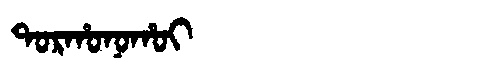
Manchu: ᡨᠣᡵᡥᠣᠨᠣᡥᠣᡳ
Romanization: TORHONOHOI